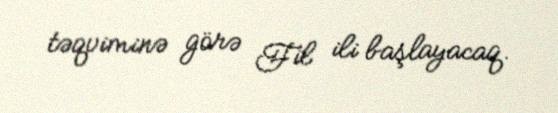
təqviminə görə Fil ili başlayacaq.